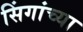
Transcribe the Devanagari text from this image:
सिंगांच्या